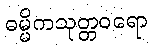
ဓမ္မိကသုတ္တဝရော